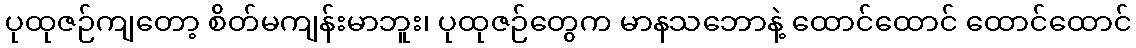
ပုထုဇဉ်ကျတော့ စိတ်မကျန်းမာဘူး၊ ပုထုဇဉ်တွေက မာနသဘောနဲ့ ထောင်ထောင် ထောင်ထောင်